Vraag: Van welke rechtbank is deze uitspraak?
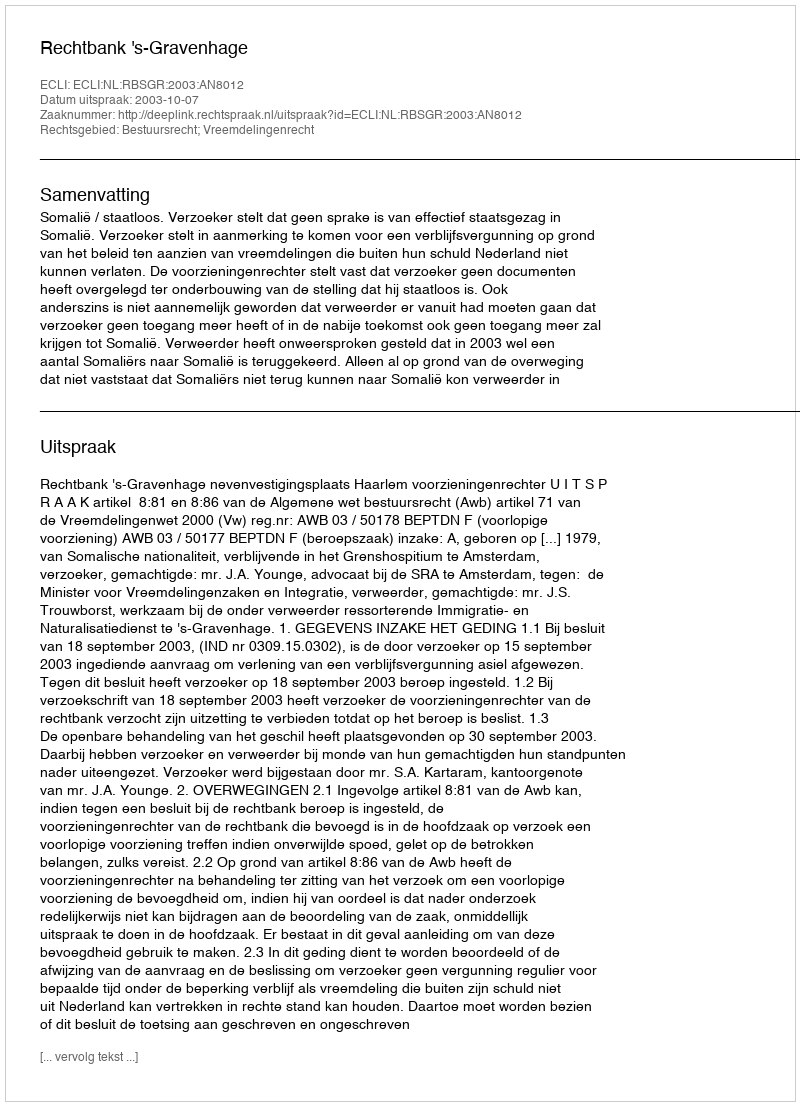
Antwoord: Rechtbank 's-Gravenhage